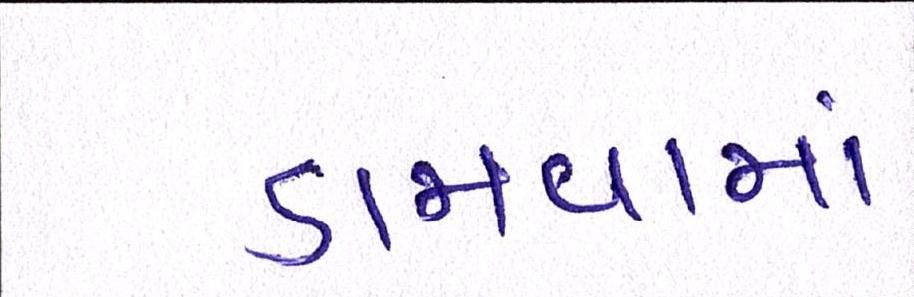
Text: ડામવામાં